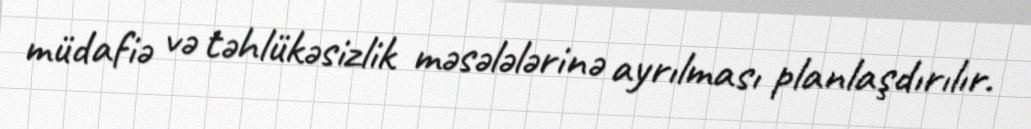
müdafiə və təhlükəsizlik məsələlərinə ayrılması planlaşdırılır.